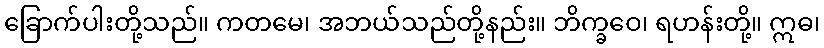
ခြောက်ပါးတို့သည်။ ကတမေ၊ အဘယ်သည်တို့နည်း။ ဘိက္ခဝေ၊ ရဟန်းတို့။ ဣဓ၊